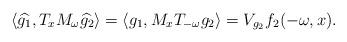
LaTeX: \begin{align*}\langle \widehat{g_1}, T_x M_\omega \widehat{g_2} \rangle = \langle g_1, M_x T_{-\omega} g_2 \rangle = V_{g_2} f_2 (-\omega, x).\end{align*}